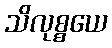
သိလုစ္စယေ